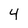
Character: 4